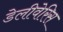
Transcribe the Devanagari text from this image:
डेलीवेरिस